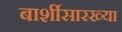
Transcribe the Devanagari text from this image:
बार्शीसारख्या